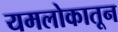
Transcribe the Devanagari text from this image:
यमलोकातून